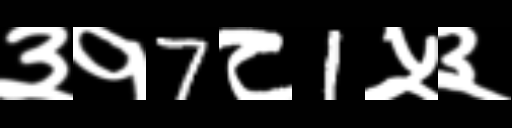
Text: ३१7८1५३